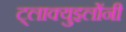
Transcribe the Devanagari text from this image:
ट्लाक्युइलोंनी